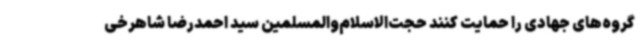
گروه‌های جهادی را حمایت کنند حجت‌الاسلام‌والمسلمین سید احمدرضا شاهرخی